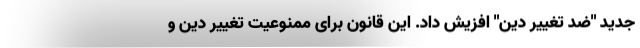
جدید "ضد تغییر دین" افزیش داد. این قانون برای ممنوعیت تغییر دین و